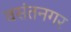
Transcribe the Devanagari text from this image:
वसंतनगर